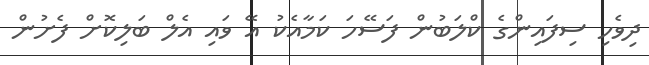
ދިވެހި ސިފައިންގެ ކްލަބުން ފަސޭހަ ކަމާއެކު އޭ ވައި އެލް ބަލިކޮށް ފެށުން